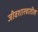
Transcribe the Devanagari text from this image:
जीवशास्त्रातील